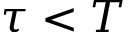
\tau < T